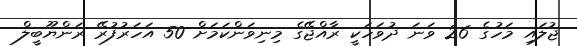
ޖުލައި މަހުގެ 26 ވަނަ ދުވަހަކީ ރާއްޖޭގެ މިނިވަންކަމަށް 50 އަހަރުފުރޭ ރަންޔޫބީލް